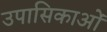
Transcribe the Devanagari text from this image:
उपासिकाओं